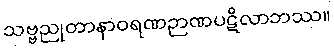
သဗ္ဗညုတာနာဝရဏဉာဏပဋိလာဘဿ။